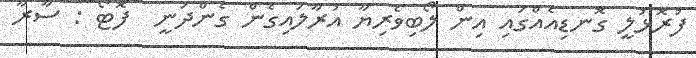
ފުރޮޅުލީ ގޮނޑިއެއްގައި އިން ލޯބިވެރިޔާ އުރާލައިގެން ގެންދަނީ  ފޮޓޯ : ސާރާ